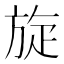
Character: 旋